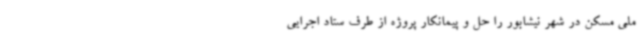
ملی مسکن در شهر نیشابور را حل و پیمانکار پروژه از طرف ستاد اجرایی